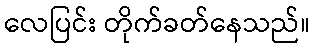
လေပြင်း တိုက်ခတ်နေသည်။